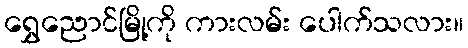
ရွှေညောင်မြို့ကို ကားလမ်း ပေါက်သလား။